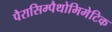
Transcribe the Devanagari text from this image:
पैरासिम्पैथोमिमेटिक